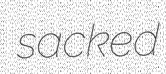
sacked